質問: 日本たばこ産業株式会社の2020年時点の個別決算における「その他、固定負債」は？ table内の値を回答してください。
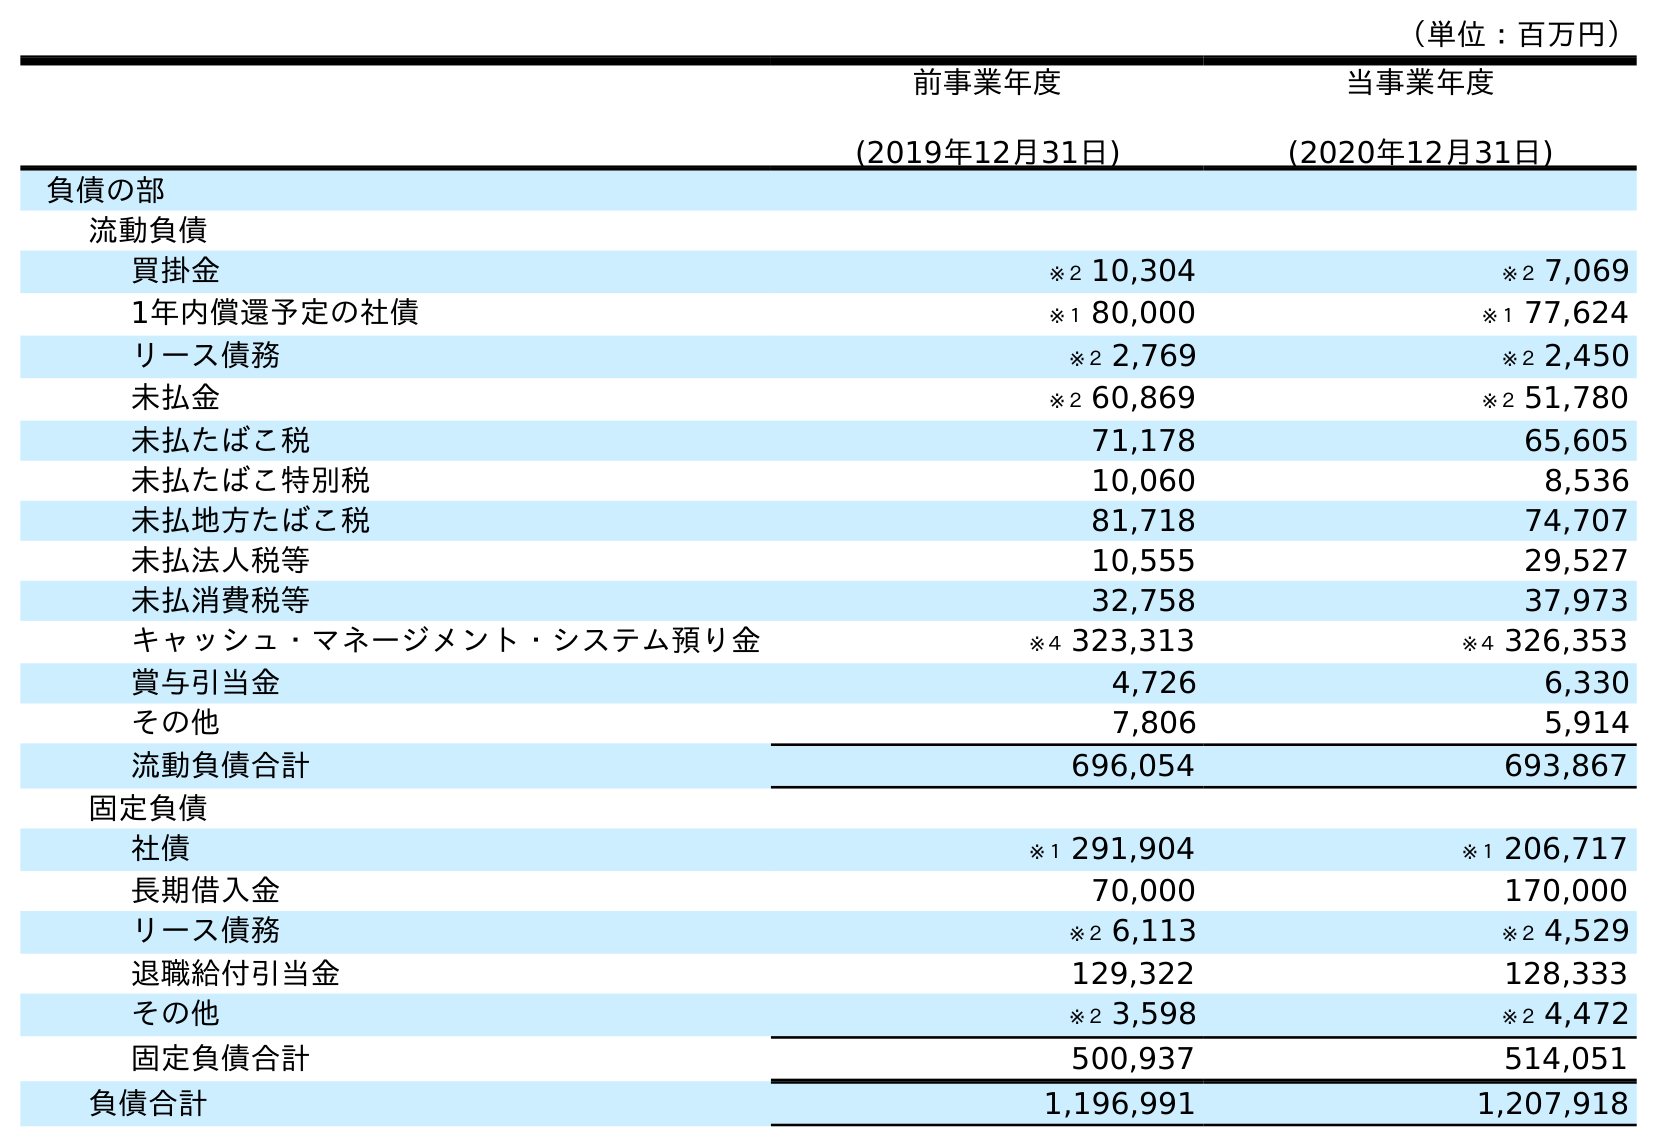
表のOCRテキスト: （単位：百万円） 前事業年度 (2019年12月31日) 当事業年度 (2020年12月31日) 負債の部 流動負債 買掛金 ※２ 10,304 ※２ 7,069 1年内償還予定の社債 ※１ 80,000 ※１ 77,624 リース債務 ※２ 2,769 ※２ 2,450 未払金 ※２ 60,869 ※２ 51,780 未払たばこ税 71,178 65,605 未払たばこ特別税 10,060 8,536 未払地方たばこ税 81,718 74,707 未払法人税等 10,555 29,527 未払消費税等 32,758 37,973 キャッシュ・マネージメント・システム預り金 ※４ 323,313 ※４ 326,353 賞与引当金 4,726 6,330 その他 7,806 5,914 流動負債合計 696,054 693,867 固定負債 社債 ※１ 291,904 ※１ 206,717 長期借入金 70,000 170,000 リース債務 ※２ 6,113 ※２ 4,529 退職給付引当金 129,322 128,333 その他 ※２ 3,598 ※２ 4,472 固定負債合計 500,937 514,051 負債合計 1,196,991 1,207,918
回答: ※２4,472